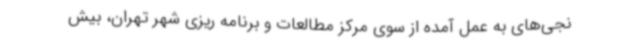
نجی‌های به عمل آمده از سوی مرکز مطالعات و برنامه ریزی شهر تهران، بیش